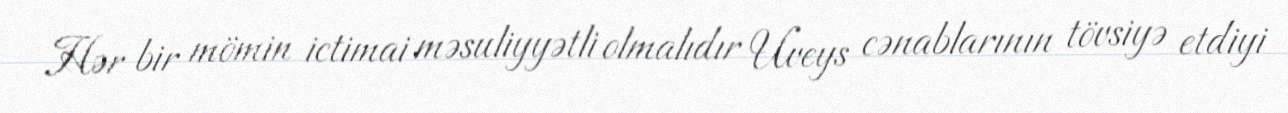
Hər bir mömin ictimai məsuliyyətli olmalıdır Uveys cənablarının tövsiyə etdiyi